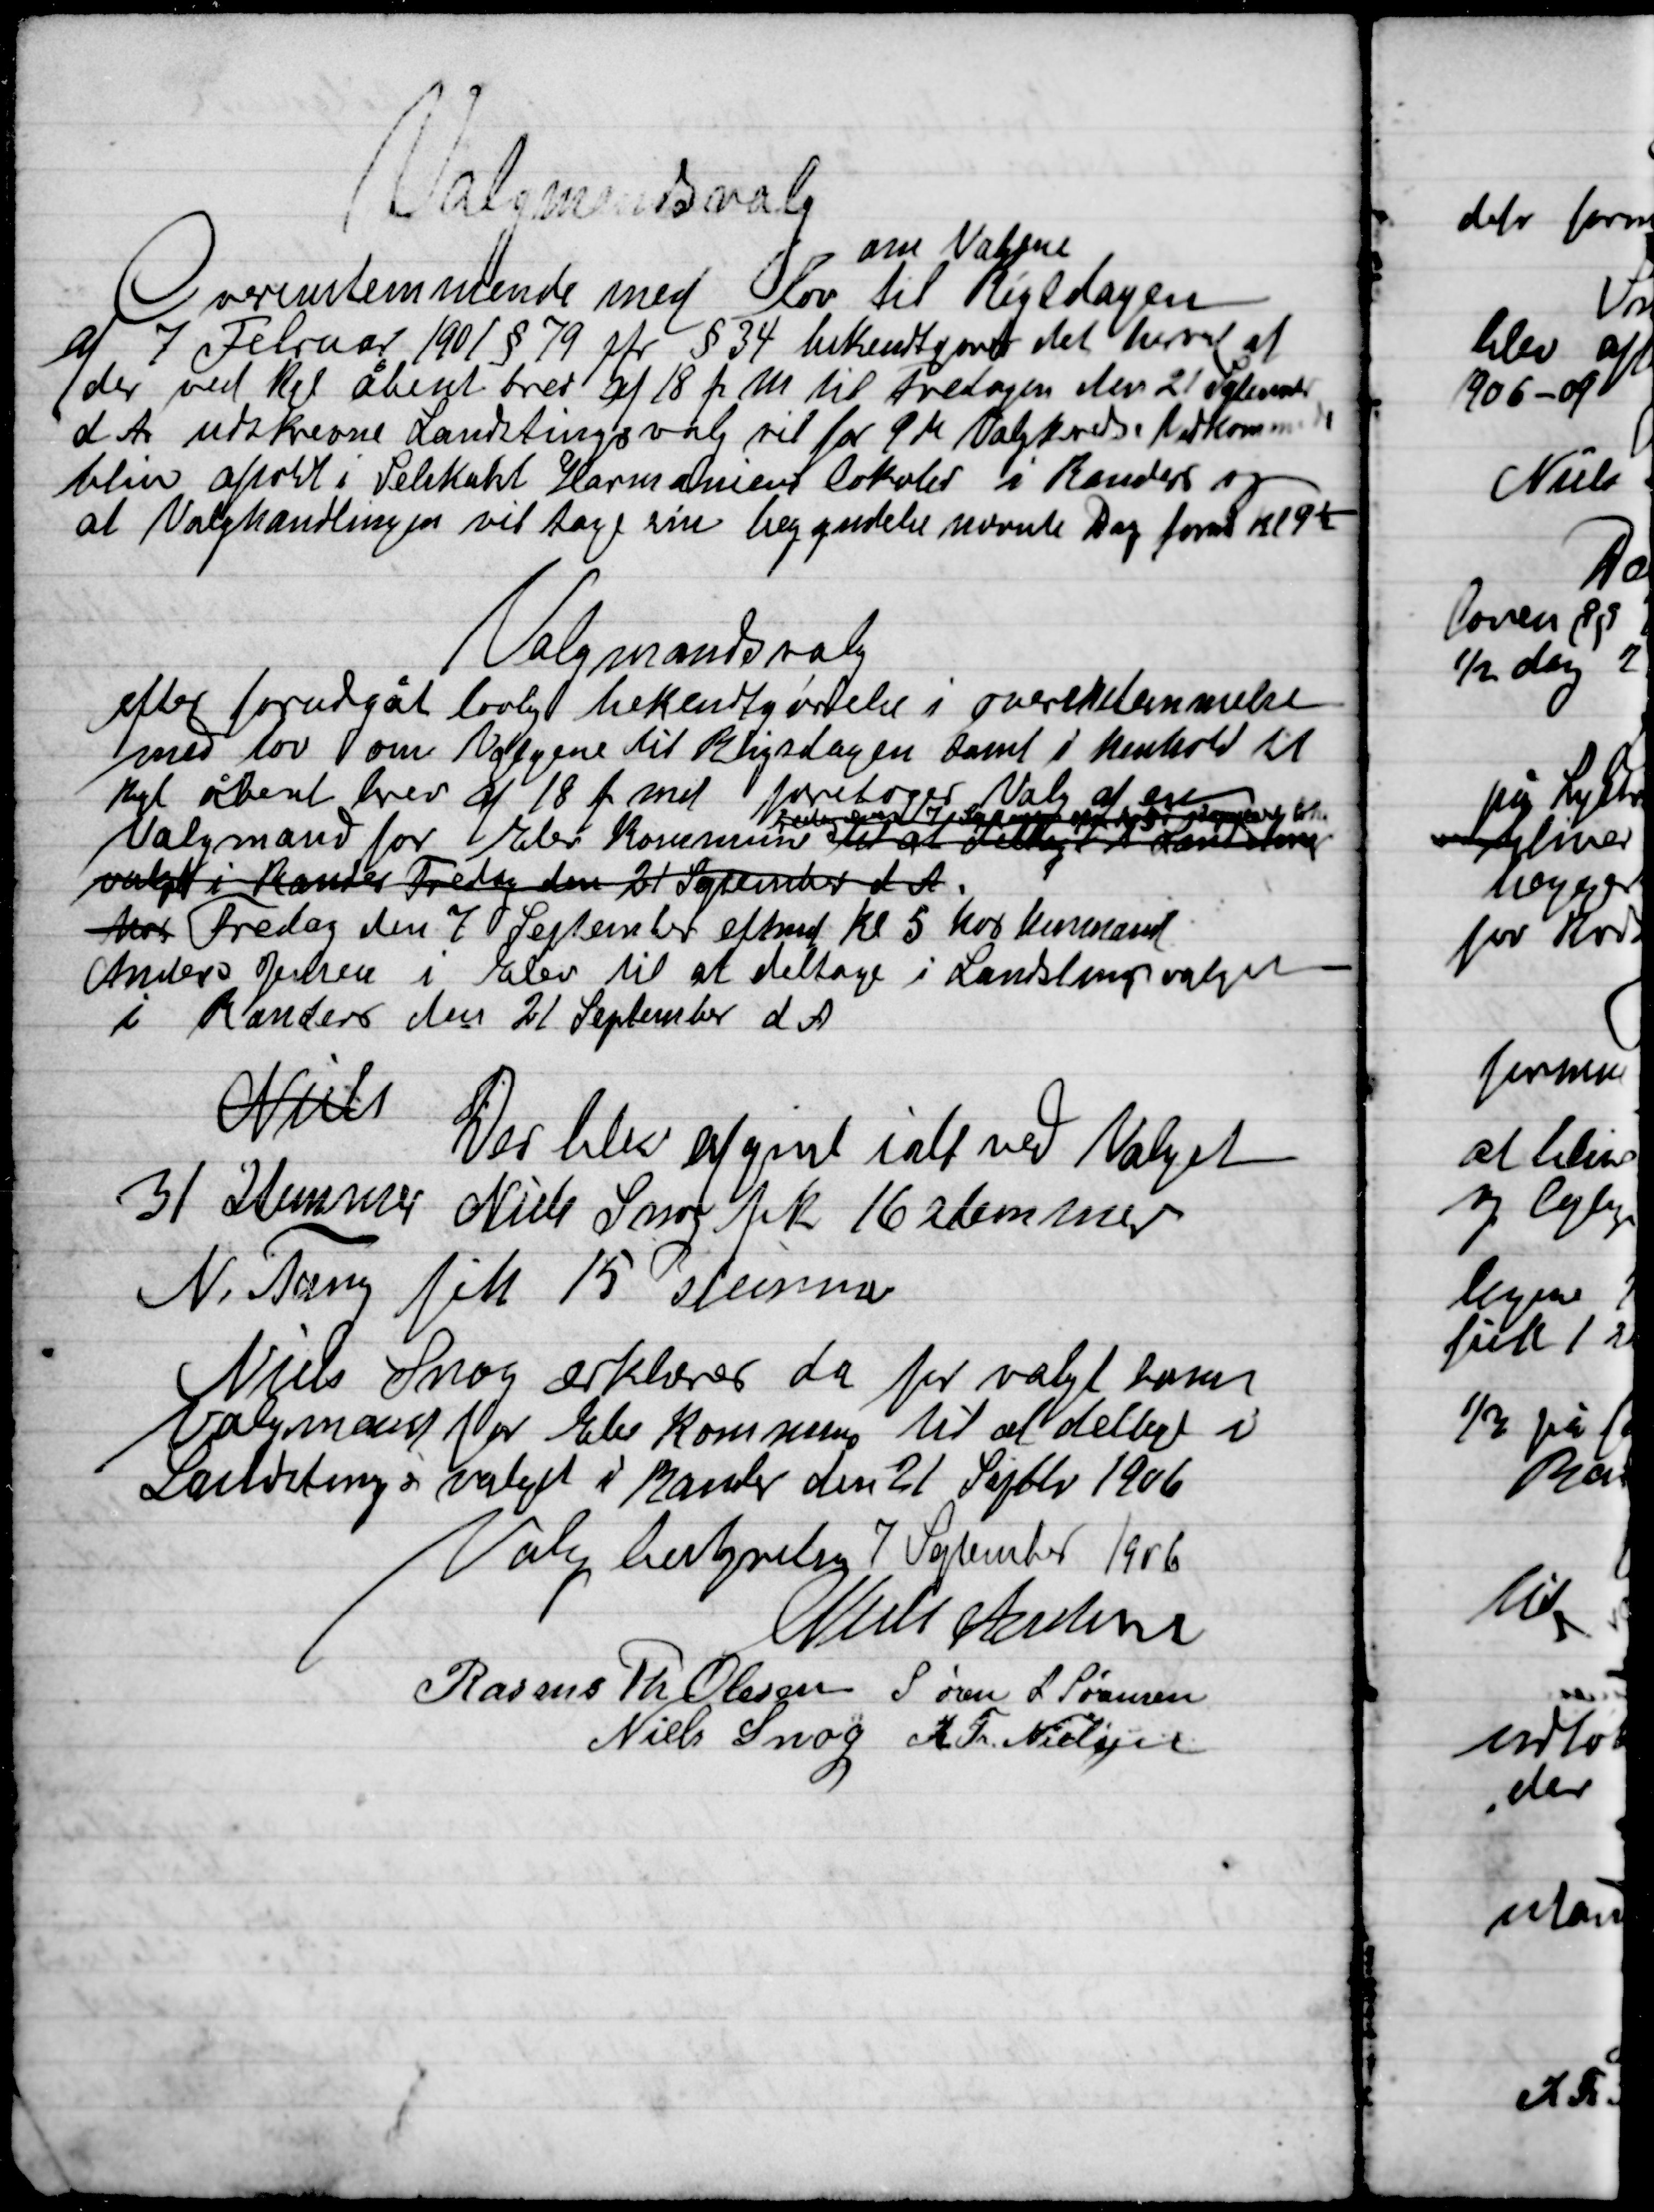
Transskription:
Valgmandsvalg
Overensstemmelse med lov om Valgene
om valgene
til Rigsdagen
af 7 Februar 1901 § 79 jfr. § 34 bekendtgørelse det herved at
der ved Kgl. åbnet brev af 18 f. M. til fredagen den 21 September
d. A. udskrevne Landtingsvalg vil for 9 M Valgkreds Vedkommende
blive afholdt i Selekaht Harmoniens lokaler i Randers og
at Valghandlingen vil tage sin begyndelse nævnte Dag form. Kl. 9½

Valgmandsvalg
efter forudgået lovlig bekendtgørelse i overensstemmelse
med lov om valgene til Rigsdagen samt i henhold til
Kgl. åbnet brev af 18 f. md. foretager Valg af en
Valgmand for Elev Kommune til at deltage
Fredag den 7 September
Valget i Randers Fredag den 21 September d. A.
ders Fredag den 7 September eftmd. Kl. 5 hos
Anders Jensen i Elev til at deltage i Landstingsvalget
I Randers den 21 September d. A.

Niels
Der blev afgivet i alt ved Valget
31 stemmer Niels Snog fik 16 Stemmer
N. Tang fik 15 stemmer

Niels Snog erklæres da for valgt som
Valgmand for Elev Kommune til at deltage i
Landsting i valget i Randers den 21 Septm. 1906
Valgbestyrelsen 7 September 1906

Niels Andersen
Rasmus Th. Olesen
Søren L. Sørensen
Niels Snog
R. Fr. Nielsen